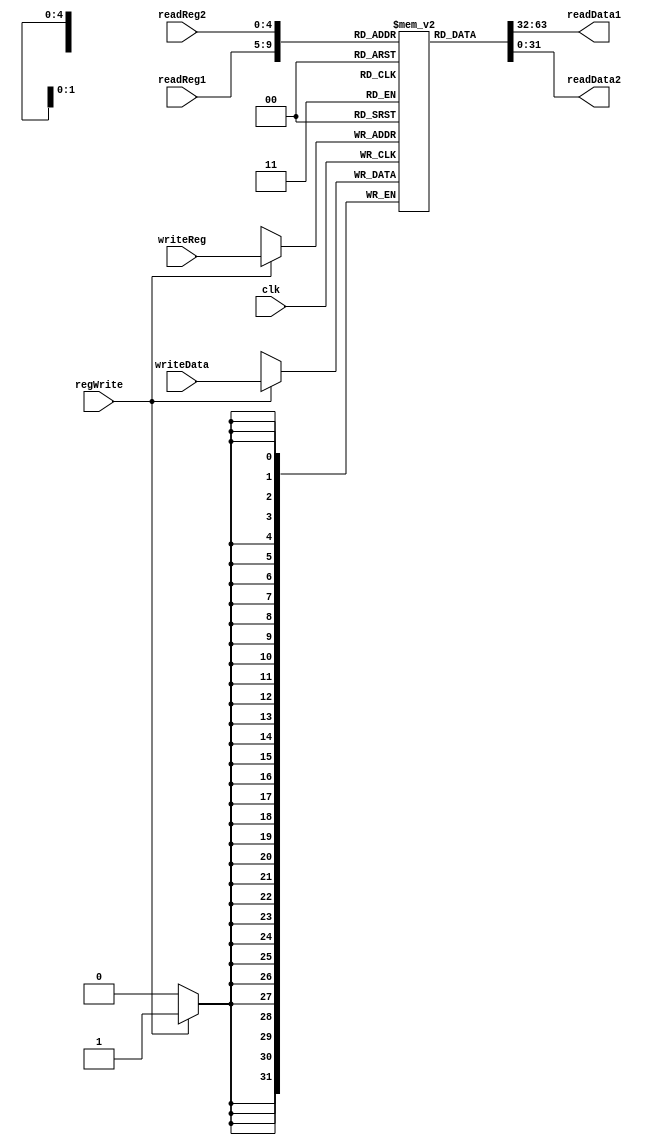
`timescale 1ns / 1ps
//////////////////////////////////////////////////////////////////////////////////
// Company: 
// Engineer: 
// 
// Design Name: 
// Module Name: Registers
// Project Name: 
// Target Devices: 
// Tool Versions: 
// Description: 
// 
// Dependencies: 
// 
// Revision:
// Revision 0.01 - File Created
// Additional Comments:
// 
//////////////////////////////////////////////////////////////////////////////////


module Registers(
    input clk,
    input [25:21] readReg1,
    input [20:16] readReg2,
    input [4:0] writeReg,
    input [31:0] writeData,
    input regWrite,
    output reg [31:0] readData1,
    output reg [31:0] readData2
    );
    
    reg [31:0] regSets[31:0];
  
    always @ (readReg1 or readReg2 or writeReg)
        begin
            readData1 = regSets[readReg1];
            readData2 = regSets[readReg2];
        end
        
     always @ (negedge clk)
        begin
            if(regWrite==1)
                regSets[writeReg] = writeData;
        end
endmodule